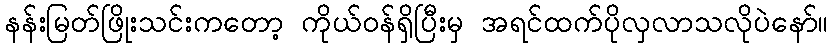
နန်းမြတ်ဖြိုးသင်းကတော့ ကိုယ်ဝန်ရှိပြီးမှ အရင်ထက်ပိုလှလာသလိုပဲနော်။